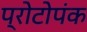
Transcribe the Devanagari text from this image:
प्रोटोपंक